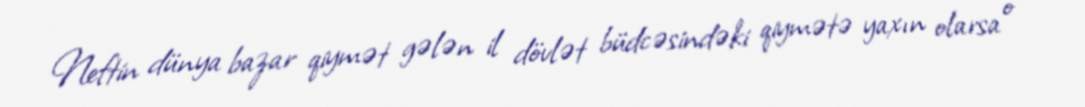
Neftin dünya bazar qiymət gələn il dövlət büdcəsindəki qiymətə yaxın olarsa o